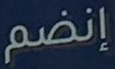
إنضم